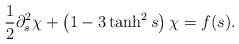
\begin{align*}\frac{1}{2} \partial^2_s \chi + \left( 1- 3 \tanh^2 s\right) \chi = f(s).\end{align*}